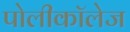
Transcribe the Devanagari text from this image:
पोलीकॉलेज